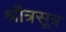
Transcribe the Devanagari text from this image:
श्रौत्रसूत्र